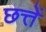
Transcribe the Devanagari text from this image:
छत्तें